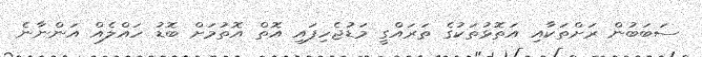
ސަބަބުން ރަށްތަކާއި އަތޮޅުތަކުގެ ތަރައްގީ މަޑުޖެހިފައި އޮތް އޮތުމަށް ބޮޑު ހައްލެއް އަންނާނެ